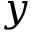
y